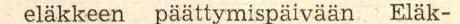
eläkkeen päättymispäivään Eläk-